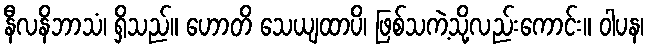
နီလနိဘာသံ၊ ရှိသည်။ ဟောတိ သေယျထာပိ၊ ဖြစ်သကဲ့သို့လည်းကောင်း။ ဝါပန၊